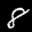
Label: 8